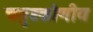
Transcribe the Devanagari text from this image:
चतुष्टकोणीय